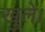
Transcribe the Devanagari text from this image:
खुलें।